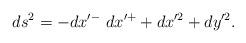
LaTeX: \begin{align*}ds^2 = -dx'^{-}~dx'^{+} + dx'^2 + dy'^2. \end{align*}